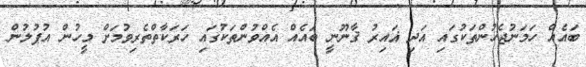
ބައެއް ހަމަނުޖެހުންތަކުގައި އަދި ޣައިރު ޤާނޫނީ ބައެއް އެއްވުންތަކުގައި ހަރަކާތްތެރިވުމަށް މީހުން އުފުލުން